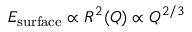
E _ { \mathrm { s u r f a c e } } \propto R ^ { 2 } ( Q ) \propto Q ^ { 2 / 3 }